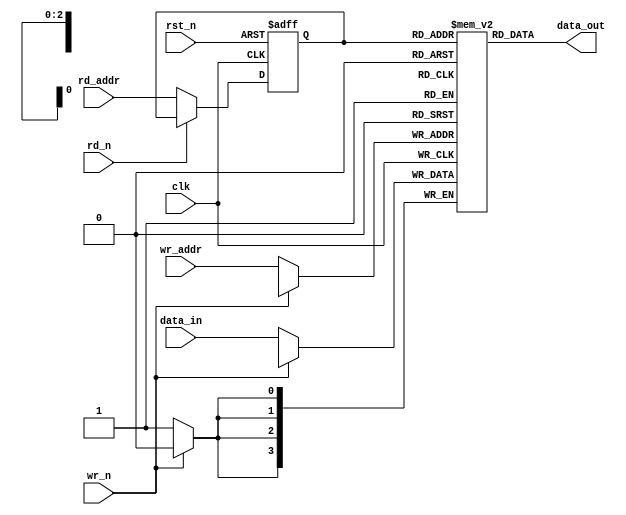
module ram_Synch(clk, rst_n, wr_n, rd_n, wr_addr, rd_addr, data_in, data_out);

  parameter data_width = 4;	//will be overrided during module instantiation
  parameter addr_width = 3; 

  input clk;
  input rst_n;
  input wr_n;
  input rd_n; 
  input [addr_width-1:0] wr_addr;
  input [addr_width-1:0] rd_addr;
  input  [data_width-1:0] data_in;
  output [data_width-1:0] data_out;
  

  reg [data_width-1:0] ram_s [(1<<addr_width)-1:0];
  reg [addr_width-1:0] rd_addr_reg;
  
  assign data_out = ram_s[rd_addr_reg];
  //read
  always @ (posedge clk or negedge rst_n)
  	if (rst_n == 1'b0)
  		rd_addr_reg <= 0;
  	else if (!rd_n)
  		rd_addr_reg <= rd_addr;
      
	//write
	always @ (posedge clk)
		if (!wr_n)
			ram_s[wr_addr] <= data_in;
			
endmodule